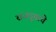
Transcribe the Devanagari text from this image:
राजदूताचे